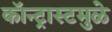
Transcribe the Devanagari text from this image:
कॉन्ट्रास्टमुळे